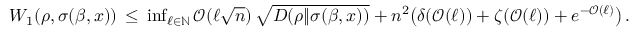
\begin{array} { r } { W _ { 1 } ( \rho , \sigma ( \beta , x ) ) \, \le \, \operatorname* { i n f } _ { \ell \in \mathbb { N } } \mathcal { O } ( \ell \sqrt { n } ) \, \sqrt { D ( \rho \| \sigma ( \beta , x ) ) } + n ^ { 2 } \big ( \delta ( \mathcal { O } ( \ell ) ) + \zeta ( \mathcal { O } ( \ell ) ) + e ^ { - \mathcal { O } ( \ell ) } \big ) \, . } \end{array}